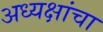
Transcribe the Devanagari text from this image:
अध्यक्षांचा